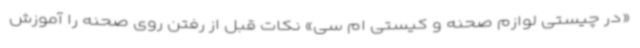
«در چیستی لوازم صحنه و کیستی ام سی» نکات قبل از رفتن روی صحنه را آموزش